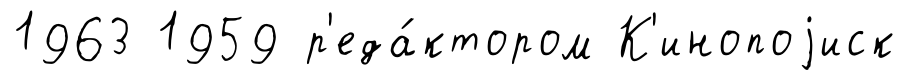
1963 1959 р'еда́ктором К'инопоjиск